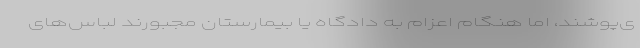
ی‌پوشند، اما هنگام اعزام به دادگاه یا بیمارستان مجبورند لباس‌های